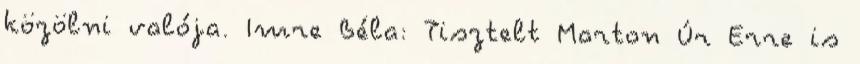
közölni valója. Imre Béla: Tisztelt Marton Úr Erre is